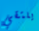
يلتقي